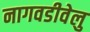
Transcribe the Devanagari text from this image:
नागवडीवेलु